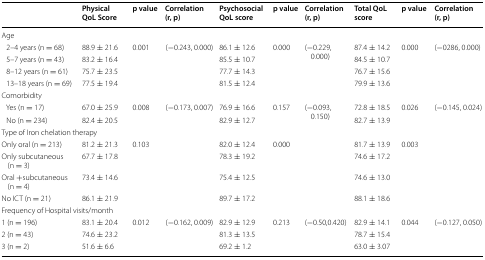
<table><thead><tr><td></td><td><b>Physical QoL Score</b></td><td><b>p value</b></td><td><b>Correlation (r, p)</b></td><td><b>Psychosocial QoL score</b></td><td><b>p value</b></td><td><b>Correlation (r, p)</b></td><td><b>Total QoL score</b></td><td><b>p value</b></td><td><b>Correlation (r, p)</b></td></tr></thead><tbody><tr><td colspan="10">Age</td></tr><tr><td> 2–4 years (n = 68)</td><td>88.9 ± 21.6</td><td rowspan="4">0.001</td><td rowspan="4">(−0.243, 0.000)</td><td>86.1 ± 12.6</td><td rowspan="4">0.000</td><td rowspan="4">(−0.229, 0.000)</td><td>87.4 ± 14.2</td><td rowspan="4">0.000</td><td rowspan="4">(−0286, 0.000)</td></tr><tr><td> 5–7 years (n = 43)</td><td>83.2 ± 16.4</td><td>85.5 ± 10.7</td><td>84.5 ± 10.7</td></tr><tr><td> 8–12 years (n = 61)</td><td>75.7 ± 23.5</td><td>77.7 ± 14.3</td><td>76.7 ± 15.6</td></tr><tr><td> 13–18 years (n = 69)</td><td>77.5 ± 19.4</td><td>81.5 ± 12.4</td><td>79.9 ± 13.6</td></tr><tr><td colspan="10">Comorbidity</td></tr><tr><td> Yes (n = 17)</td><td>67.0 ± 25.9</td><td rowspan="2">0.008</td><td rowspan="2">(−0.173, 0.007)</td><td>76.9 ± 16.6</td><td rowspan="2">0.157</td><td rowspan="2">(−0.093, 0.150)</td><td>72.8 ± 18.5</td><td rowspan="2">0.026</td><td rowspan="2">(−0.145, 0.024)</td></tr><tr><td> No (n = 234)</td><td>82.4 ± 20.5</td><td>82.9 ± 12.7</td><td>82.7 ± 13.9</td></tr><tr><td colspan="10">Type of Iron chelation therapy</td></tr><tr><td>Only oral (n = 213)</td><td>81.2 ± 21.3</td><td rowspan="4">0.103</td><td rowspan="4"></td><td>82.0 ± 12.4</td><td rowspan="4">0.000</td><td rowspan="4"></td><td>81.7 ± 13.9</td><td rowspan="4">0.003</td><td rowspan="4"></td></tr><tr><td>Only subcutaneous (n = 3)</td><td>67.7 ± 17.8</td><td>78.3 ± 19.2</td><td>74.6 ± 17.2</td></tr><tr><td>Oral +subcutaneous (n = 4)</td><td>73.4 ± 14.6</td><td>75.4 ± 12.5</td><td>74.6 ± 13.0</td></tr><tr><td>No ICT (n = 21)</td><td>86.1 ± 21.9</td><td>89.7 ± 17.2</td><td>88.1 ± 18.6</td></tr><tr><td colspan="10">Frequency of Hospital visits/month</td></tr><tr><td>1 (n = 196)</td><td>83.1 ± 20.4</td><td rowspan="3">0.012</td><td rowspan="3">(−0.162, 0.009)</td><td>82.9 ± 12.9</td><td rowspan="3">0.213</td><td rowspan="3">(−0.50,0.420)</td><td>82.9 ± 14.1</td><td rowspan="3">0.044</td><td>(−0.127, 0.050)</td></tr><tr><td>2 (n = 43)</td><td>74.6 ± 23.2</td><td>81.3 ± 13.5</td><td>78.7 ± 15.4</td><td></td></tr><tr><td>3 (n = 2)</td><td>51.6 ± 6.6</td><td>69.2 ± 1.2</td><td>63.0 ± 3.07</td><td></td></tr></tbody></table>